Indian journal of veterinary science and animal husbandry - Volumes 22-23, 1952-1953
Year: 1952
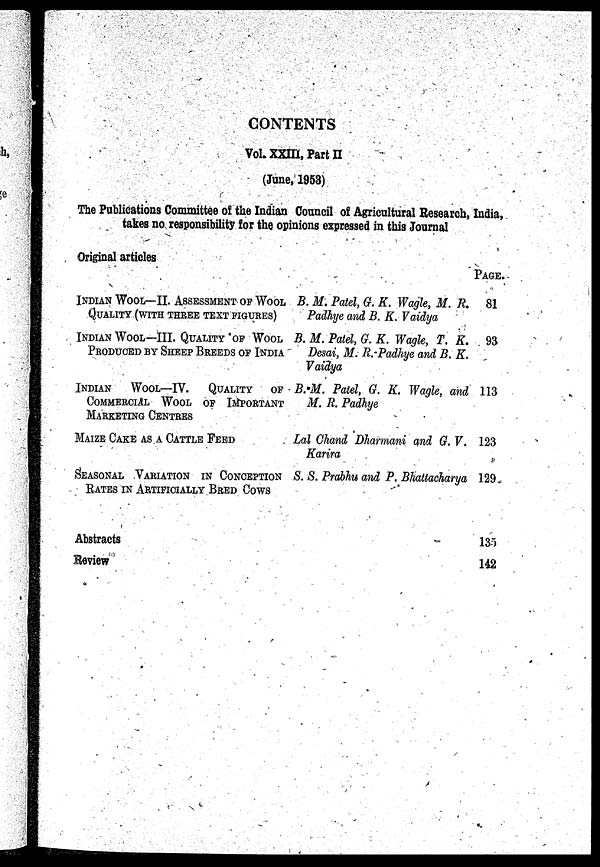
CONTENTS
Vol. XXIII, Part II
(June, 1953)
The Publications Committee of the Indian Council of Agricultural Research, India,
takes no responsibility for the opinions expressed in this Journal
Original articles
INDIAN WOOL—II. ASSESSMENT OF WOOL
QUALITY (WITH THREE TEXT FIGURES)
INDIAN WOOL—III. QUALITY OF WOOL
PRODUCED BY SHEEP BREEDS OF INDIA
INDIAN WOOL—IV. QUALITY OF
COMMERCIAL WOOL OF IMPORTANT
MARKETING CENTRES
MAIZE CAKE AS A CATTLE FEED
SEASONAL VARIATION IN CONCEPTION
RATES IN ARTIFICIALLY BRED COWS
B. M. Patel, G. K. Wagle, M. R.
Padhye and B. K. Vaidya
B. M. Patel, G. K. Wagle, T. K.
Desai, M. R. Padhye and B. K.
Vaidya
B. M. Patel, G. K. Wagle, and
M. R. Padhye
Lal Chand Dharmani and G. V.
Karira
S. S. Prabhu and P. Bhattacharya
Abstracts
Review
PAGE.
81
93
113
123
129
135
142